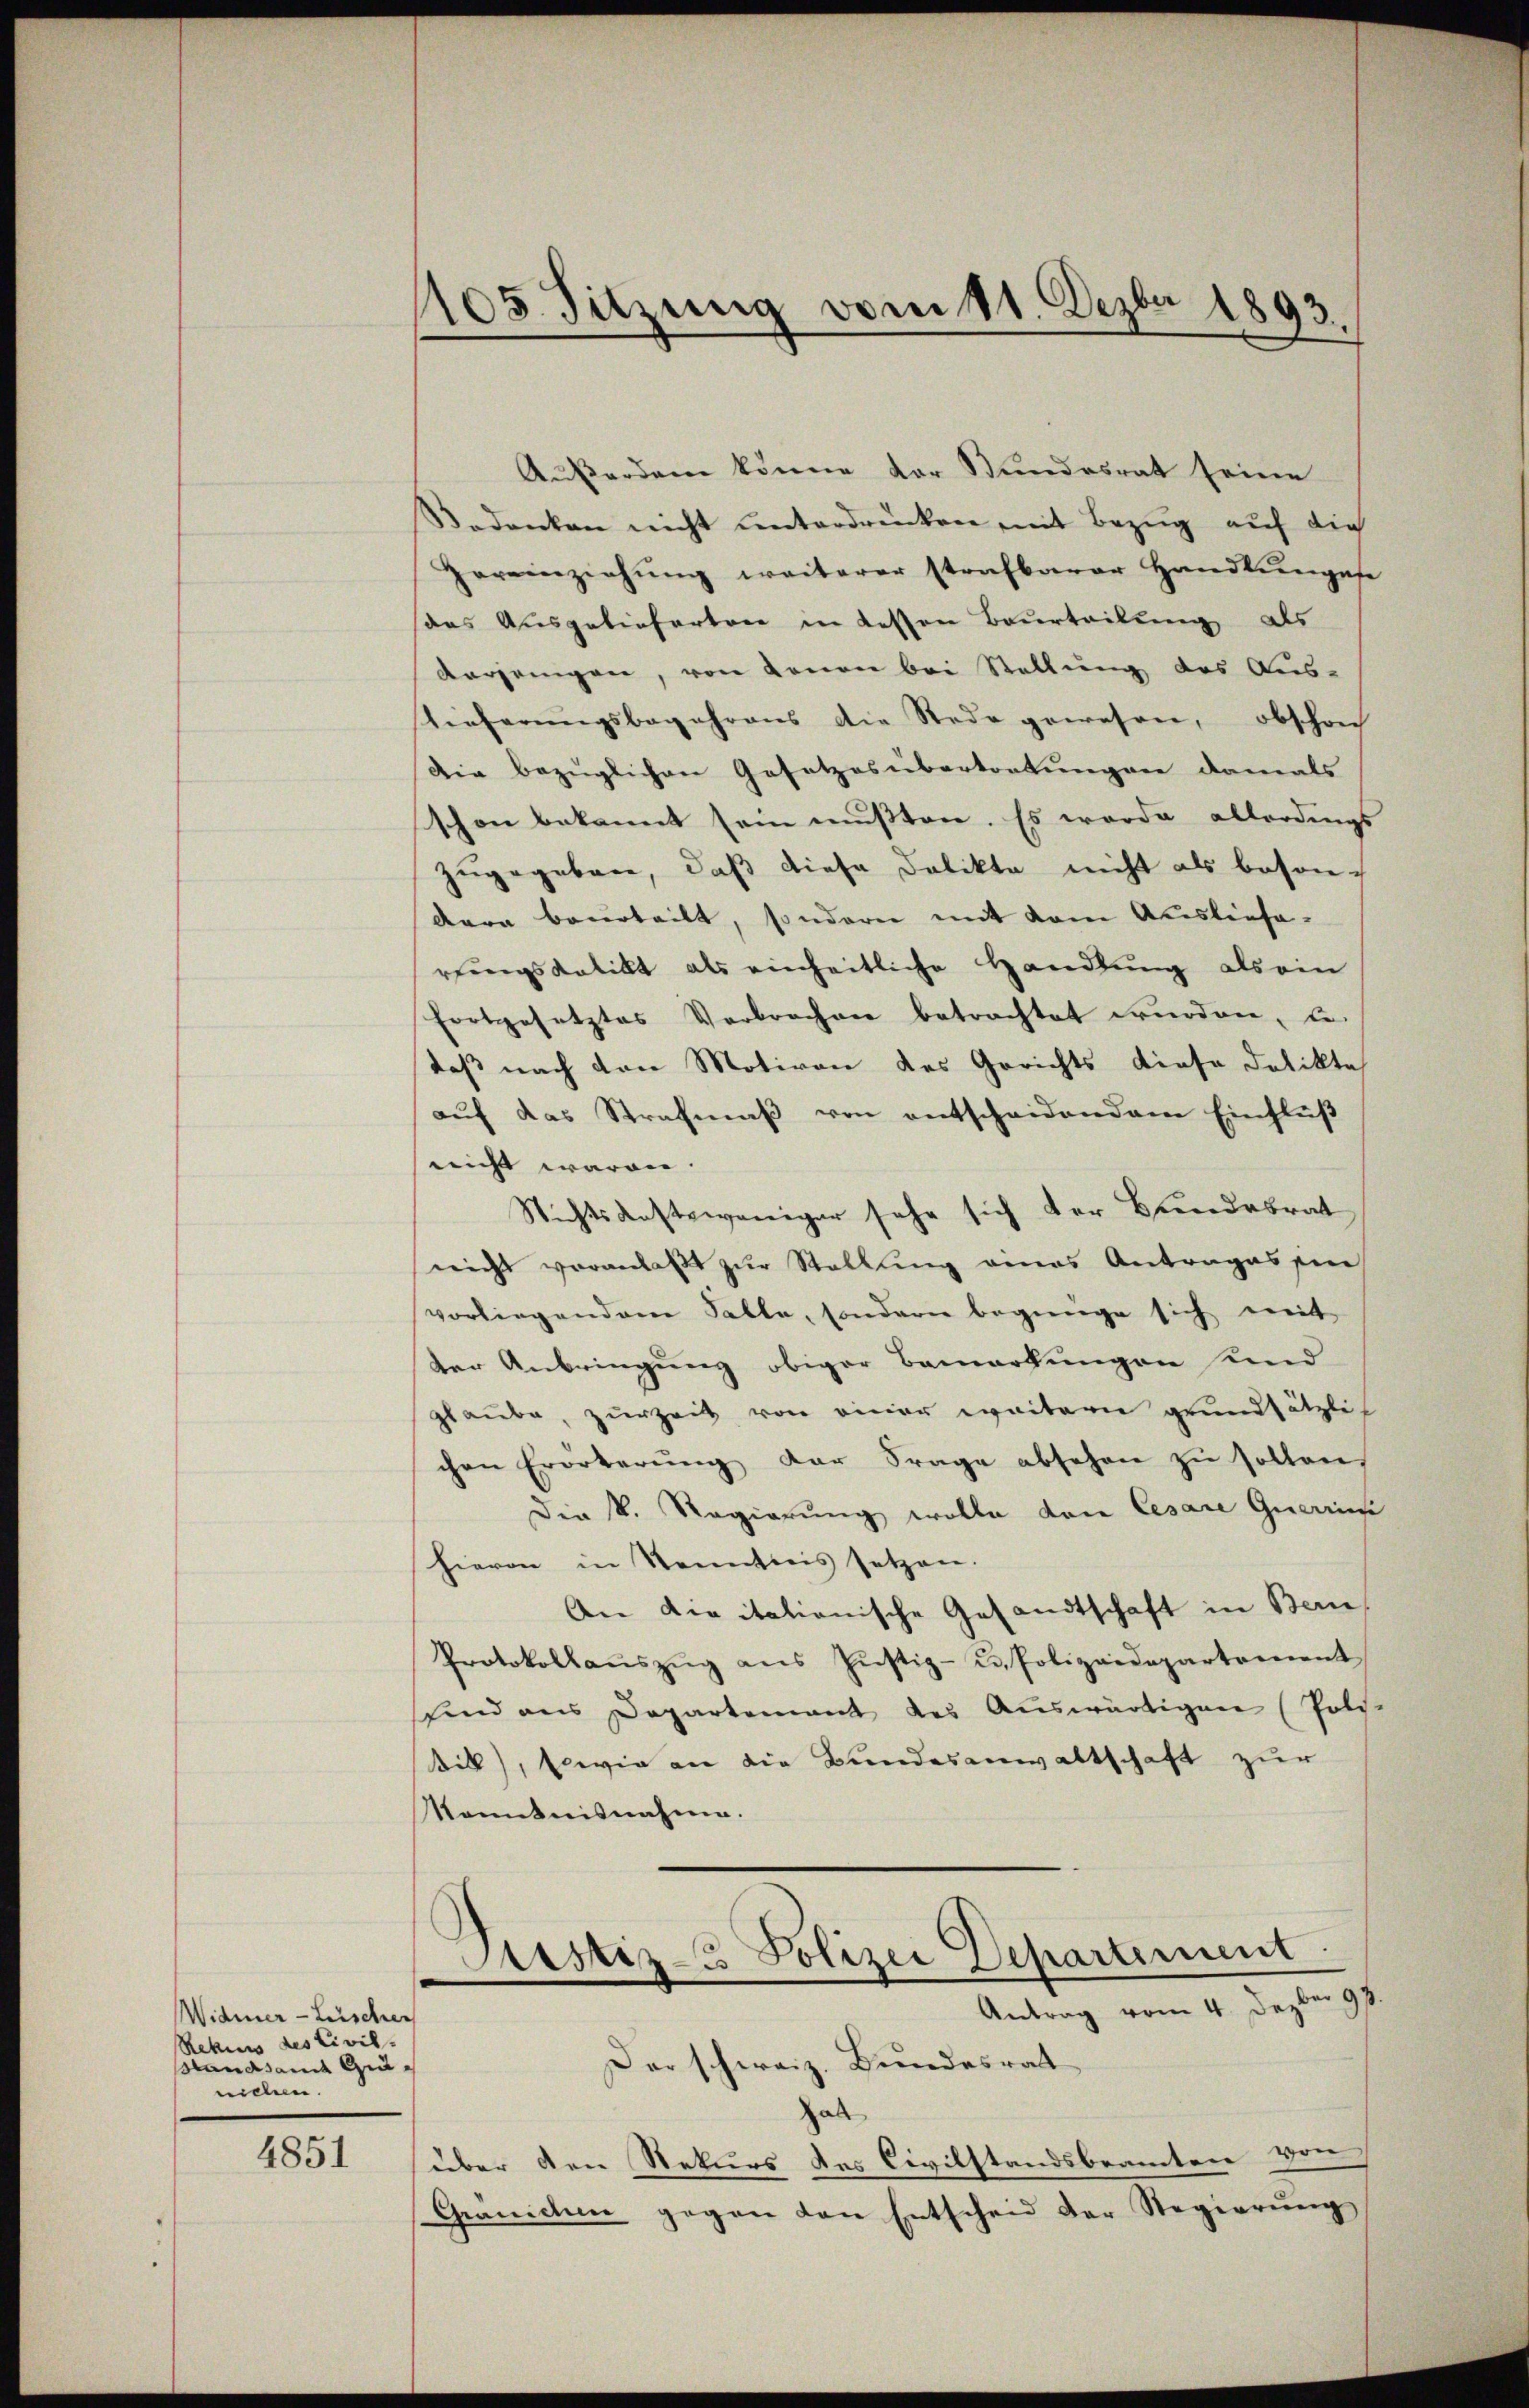
Widmer - Lüscher
Rekurs des Civil-
Standsamt Gienichen.

4851

105 Sitzung vom 11. Dezbr 1893.

Außerdem könne der Stundesrat seine
Bedenken nicht unterdrücken mit Bezug auf die
Vereinziehung weiterer strafbarer Handlungese
sas Ausgelieferten in dessen Beurteilung als
verjenigen, von genen bei Stellung des Aus-
tieferŭngsbegehrens die Rede gewesen, obschon
Die bezüglichen Gesetzesübertretungen damals
schon bekannt sein mußten. Es werde allerdings
zugegebene, daß diese Delikte nicht als beson-
dere beurteilt, sondern mit dem Auslieferrungskalikt als einheitliche Handlŭng als ein
fortgesetztes Verbrechen betrachtet würden, u.
daß nach den Motiven des Gerichts diese Delikte
aŭf das Strafmaß von entscheidendem Einfluß
nicht waren.
Nichtsdestoweniger sehe sich der Bundesrat
nicht veranlaßt zŭr Stellung eines Antragessen
vorliegendem Falle, sondern begange sich weit
der Anbringung obiger Bemerkungen sind
glaube, zur Zeit von einer weitern grundsätzlich
chen Erörterŭng der Frage absehen zu sollen.
Die k. Regierung wolle von Cesare Querins
hievon in Kenntnis setzen.
An die italienische Gesandtschaft in Bern,
Protokollaŭszŭg ans Jŭstiz- u. Polizeidepartement
sind aus Departement des Auswärtigen (Pold
Bil), sowie an die Bundesanwaltschaft zur
Kenntnisnahme.
Piustiz- & Polizei Departement.
Antrag vom 4. Dezbr 91
Der schweiz. Bundesrat
al
über den Rekurs des Civilstandsbeamten von
Gränichen gegen den Entscheid der Regierŭng